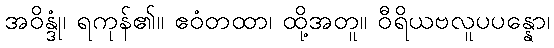
အဝိန္ဒုံ၊ ရကုန်၏။ ဧဝံတထာ၊ ထို့အတူ။ ဝီရိယဗလူပပန္နော၊